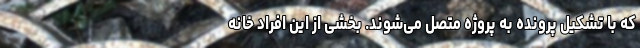
که با تشکیل پرونده به پروژه متصل می‌شوند. بخشی از این افراد خانه‌